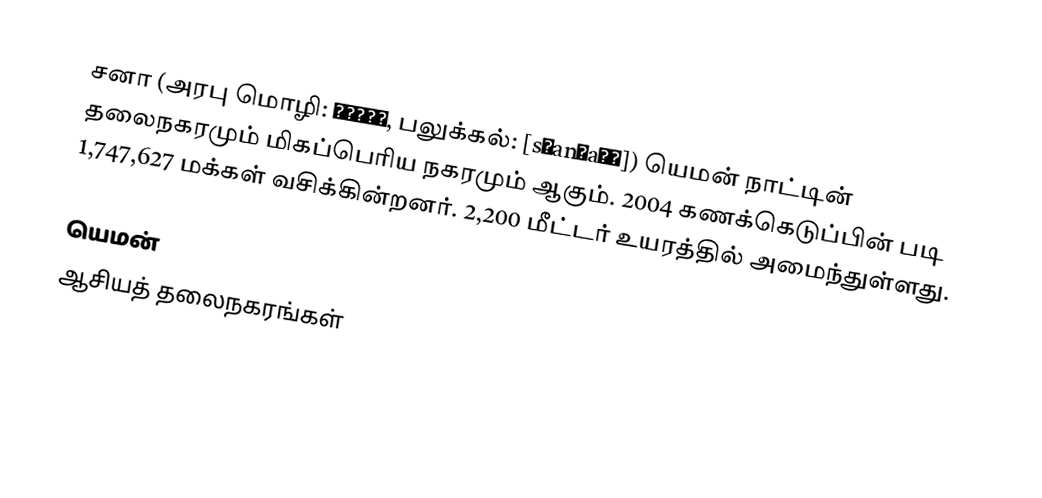
சனா (அரபு மொழி: صنعاء, பலுக்கல்: [sˤanʕaːʔ]) யெமன் நாட்டின் தலைநகரமும் மிகப்பெரிய நகரமும் ஆகும். 2004 கணக்கெடுப்பின் படி 1,747,627 மக்கள் வசிக்கின்றனர். 2,200 மீட்டர் உயரத்தில் அமைந்துள்ளது.

யெமன்
ஆசியத் தலைநகரங்கள்